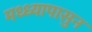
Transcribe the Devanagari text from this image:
मध्ध्यापासुन